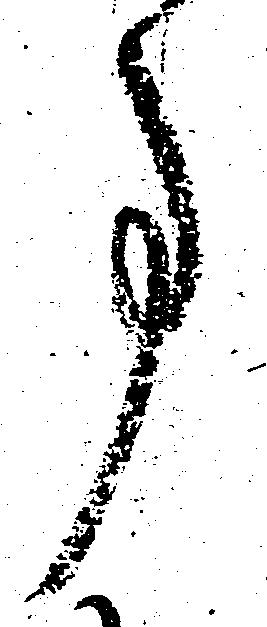
事